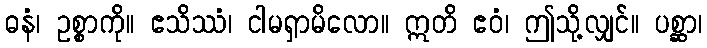
ဓနံ၊ ဥစ္စာကို။ ဧသိဿံ၊ ငါမရှာမိလော။ ဣတိ ဧဝံ၊ ဤသို့လျှင်။ ပစ္ဆာ၊